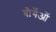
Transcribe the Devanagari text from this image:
बौर्गेओं